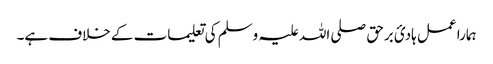
ہمارا عمل ہادیٔ برحق صلی اللہ علیہ وسلم کی تعلیمات کے خلاف ہے۔